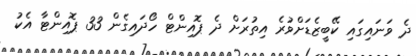
ދެ ވަނައިގައި ކޭބީޒެޑަށްވުރެ އިތުރަށް ދެ ޕޮއިންޓް ހޯދައިގެން 33 ޕޮއިންޓާ އެކު